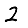
Digit: 2